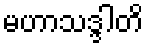
မဟာသဒ္ဒါတိ